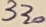
Text: 330